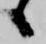
候